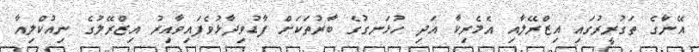
އޭނާގެ ތަގުރީރުގައި އިޒްރޭލާއި އެމެރިކާ އަދި ހުޅަނގުގެ ބާރުތަކަށް ފާޑުވިދާޅުވެފައިވާއިރު އިޒްރޭލުގެ ނިއުކްލިއާ